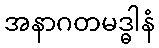
အနာဂတမဒ္ဓါနံ